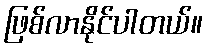
ဖြစ်လာနိုင်ပါတယ်။